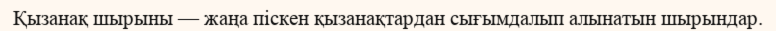
Қызанақ шырыны — жаңа піскен қызанақтардан сығымдалып алынатын шырындар.